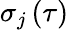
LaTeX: \sigma_{j}\left(\tau\right)